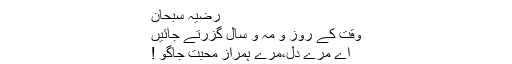
رضیہ سبحان
وقت کے روز و مہ و سال گزرتے جائیں
اے مرے دل،مرے ہمرازِ محبت جاگو !